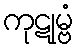
ကုဋုမ္ဗံ